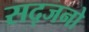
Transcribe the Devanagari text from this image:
सद्जनो